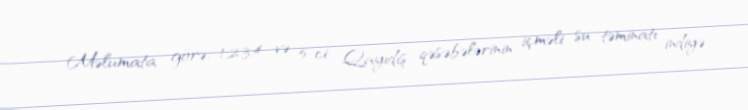
Məlumata görə, 1,2,3,4 və 5-ci Qayıdış qəsəbələrinin içməli su təminatı indiyə